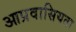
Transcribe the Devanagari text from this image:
आप्रवासियता